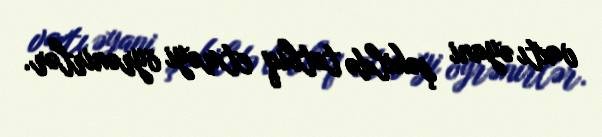
vaxtı əyani şəkildə tətbiq etməyi öyrənirlər.